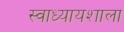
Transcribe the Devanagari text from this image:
स्वाध्यायशाला